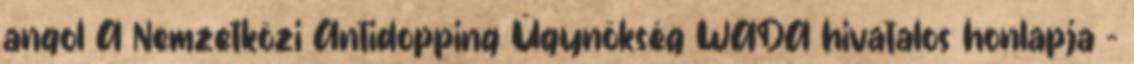
angol A Nemzetközi Antidopping Ügynökség WADA hivatalos honlapja -